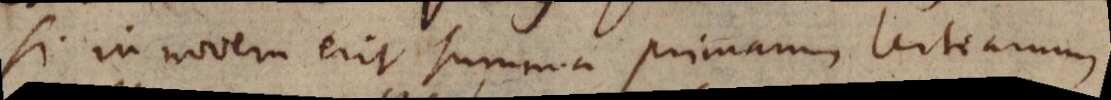
si in novem erit summa primam certearum